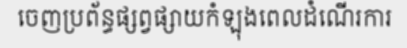
ចេញប្រព័ន្ធផ្សព្វផ្សាយកំឡុងពេលដំណើរការ